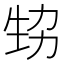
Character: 𤯜